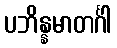
ပဘိန္နမာတင်္ဂါ